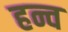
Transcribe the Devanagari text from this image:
हन्व